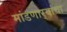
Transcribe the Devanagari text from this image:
मांडणार्‍यांचा